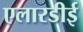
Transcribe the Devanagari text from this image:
एलारडीई